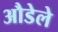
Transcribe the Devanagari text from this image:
औडेले